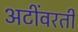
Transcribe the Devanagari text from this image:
अटींवरती